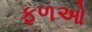
ફળઓ